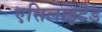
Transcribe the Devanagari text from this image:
एसिलाइटेड